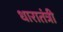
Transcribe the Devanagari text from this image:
धारातंत्री